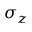
\sigma _ { z }